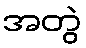
အတွဲ